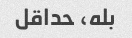
بله، حداقل